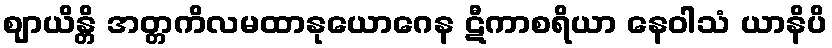
ဈာယိန္တိ အတ္တကိလမထာနုယောဂေန ဋီကာစရိယာ နေဝါသံ ယာနိပိ